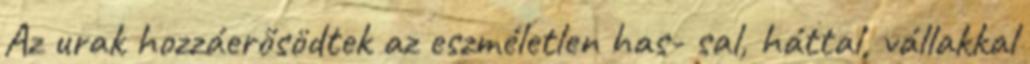
Az urak hozzáerősödtek az eszméletlen has- sal, háttal, vállakkal